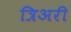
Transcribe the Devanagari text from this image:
त्रिअरी